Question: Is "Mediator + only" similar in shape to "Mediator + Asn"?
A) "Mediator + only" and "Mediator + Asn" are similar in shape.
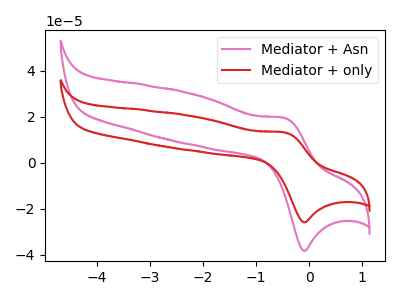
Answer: <think>The pink curve "Mediator + Asn" has an anodic peak at (-0.45V, 19.35uA) and a cathodic peak at (-0.05V, -38.30uA). The red curve "Mediator + only" has an anodic peak at (-0.45V, 13.10uA) and a cathodic peak at (-0.05V, -25.90uA).
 All the peaks in "Mediator + only" have a peak in "Mediator + Asn" at the same potential. Every peak in "Mediator + only" is lower than every peak in "Mediator + Asn".</think>
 <answer>A) "Mediator + only" and "Mediator + Asn" are similar in shape.</answer>
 <eval>A</eval>